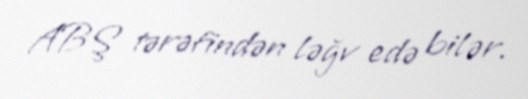
ABŞ tərəfindən ləğv edə bilər.